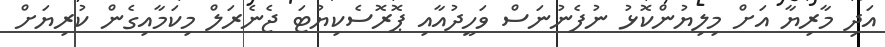
އަދި މާރިޔާ އަށް މިލިޔުންކޮޅު ނުފެނުނަސް ވަހީދުއާއި ޕޮރޮސެކިޔުޓަ ޖެނެރަލް މިކަމާއިގެން ކުރިޔަށް